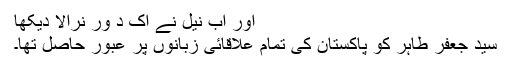
اور اب نیل نے اک د ور نرالا دیکھا
سید جعفر طاہر کو پاکستان کی تمام علاقائی زبانوں پر عبور حاصل تھا۔